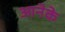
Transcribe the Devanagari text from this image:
आनेके